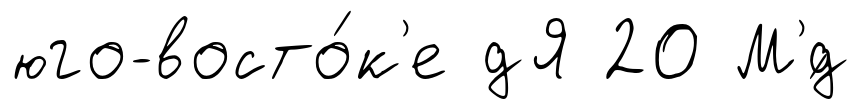
юго-восто́к'е дЯ 20 М'́д